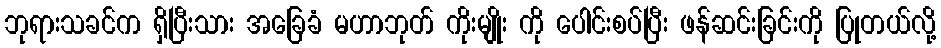
ဘုရားသခင်က ရှိပြီးသား အခြေခံ မဟာဘုတ် ကိုးမျိုး ကို ပေါင်းစပ်ပြီး ဖန်ဆင်းခြင်းကို ပြုတယ်လို့